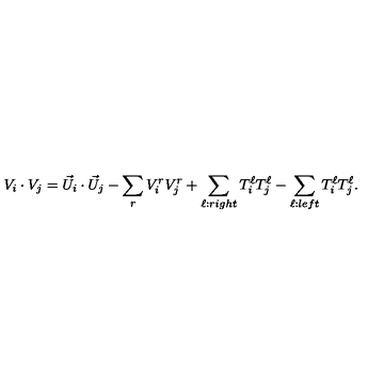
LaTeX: V _ { i } \cdot V _ { j } = { \vec { U } } _ { i } \cdot { \vec { U } } _ { j } - \sum _ { r } V _ { i } ^ { r } V _ { j } ^ { r } + \sum _ { \ell : r i g h t } T _ { i } ^ { \ell } T _ { j } ^ { \ell } - \sum _ { \ell : l e f t } T _ { i } ^ { \ell } T _ { j } ^ { \ell } .